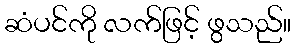
ဆံပင်ကို လက်ဖြင့် ဖွသည်။